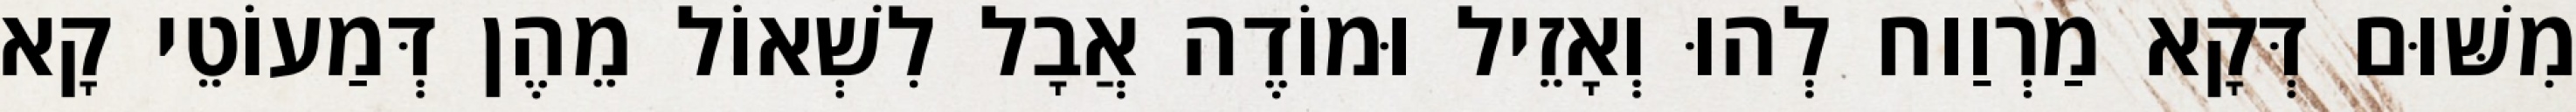
מִשּׁוּם דְּקָא מַרְוַוח לְהוּ וְאָזֵיל וּמוֹדֶה אֲבָל לִשְׁאוֹל מֵהֶן דְּמַעוֹטֵי קָא